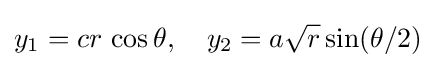
y_{1}=cr\,\cos \theta ,\quad y_{2}=a{\sqrt {r}}\sin(\theta /2)